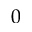
0